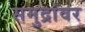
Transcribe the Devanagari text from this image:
समुद्रांवर